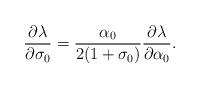
LaTeX: \begin{align*}\frac{\partial\lambda}{\partial\sigma_0}=\frac{\alpha_0}{2(1+\sigma_0)}\frac{\partial\lambda}{\partial\alpha_0}.\end{align*}